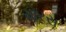
મોરસ